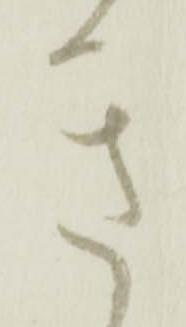
き